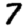
Digit: 7